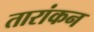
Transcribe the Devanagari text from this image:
तारांकन